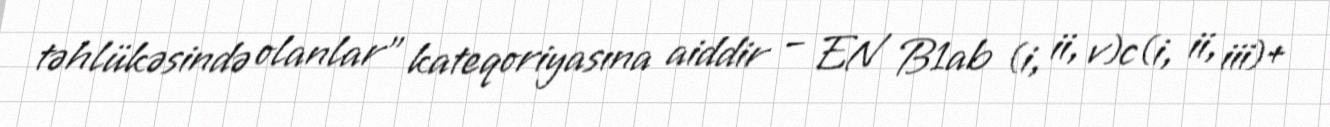
təhlükəsində olanlar” kateqoriyasına aiddir – EN B1ab (i, ii, v)c(i, ii, iii)+